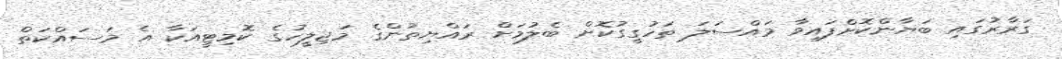
ގަރާރުގައި ބަޔާންކޮށްފައިވާ މައްސަލަ ތަހުގީގުކޮށް ބެލުމަށް ރައްޔިތުންގެ މަޖިލީހުގެ ކޮމިޓީއަކާ އެ މަސައްކަތް